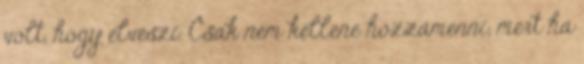
volt, hogy elveszi. Csak nem kellene hozzámenni, mert ha